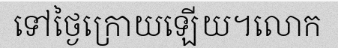
ទៅថ្ងៃក្រោយឡើយ។លោក